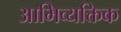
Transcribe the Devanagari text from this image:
आभिव्यक्तिक